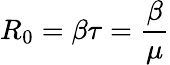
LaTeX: R_{0}=\beta\tau={\frac{\beta}{\mu}}